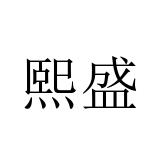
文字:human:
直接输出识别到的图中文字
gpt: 熙盛